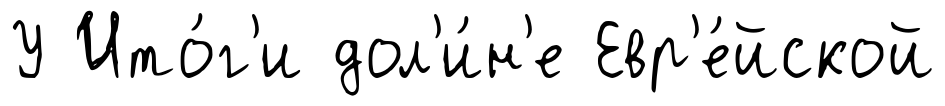
У Ито́г'и дол'и́н'е Евр'е́йской